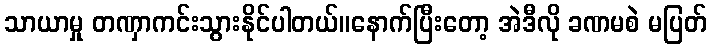
သာယာမှု တဏှာကင်းသွားနိုင်ပါတယ်။နောက်ပြီးတော့ အဲဒီလို ခဏမစဲ မပြတ်